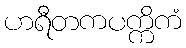
ဟရီတကပက္ကိကံ